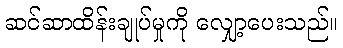
ဆင်ဆာထိန်းချုပ်မှုကို လျှော့ပေးသည်။